Leaving Certificate Examination, 1905
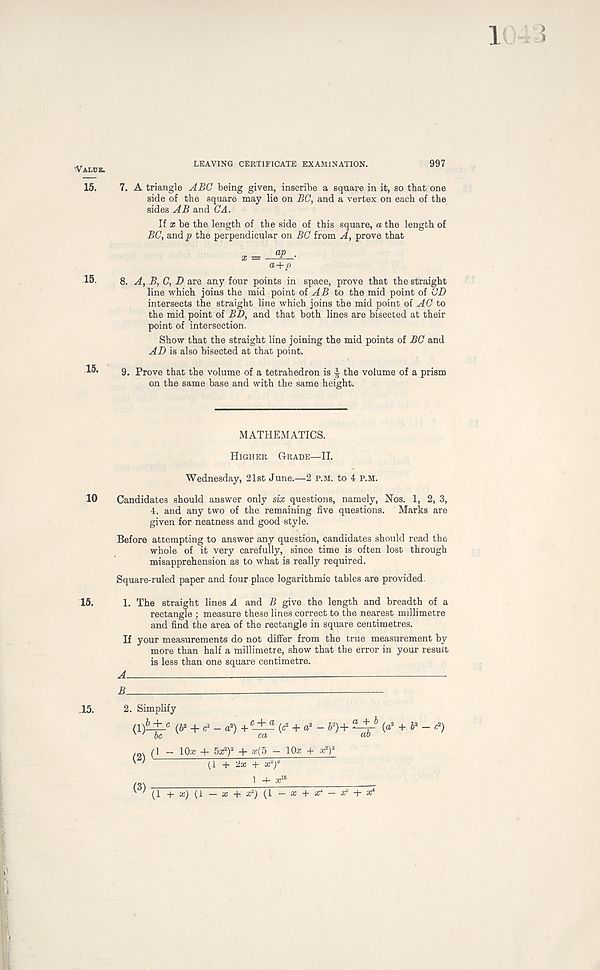
' Value.
15.
LEAVING CERTIFICATE EXAMINATION.
997
7. A triangle ABC being given, inscribe a square in it, so that one
side of the square may lie on BC, and a vertex on each of the
sides AB and CA.
If x be the length of the side of this square, a the length of
BC, and the perpendicular on BC from A, prove that
15 8. A, B, C, D are any four points in space, prove that the straight
line which joins the mid point oi AB to the mid point of CD
intersects the straight line which joins the mid point oi AC to
the mid point of BD, and that both lines are bisected at their
point of intersection.
Show that the straight line joining the mid points of BC and
AD is also bisected at that point.
15' 9. Prove that the volume of a tetrahedron is ^ the volume of a prism
on the same base and with the same height.
MATHEMATICS.
Higher Grade—II.
Wednesday, 21st June.—2 p.m. to 4 P.M.
10 Candidates should answer only six questions, namely, Nos. 1, 2, 3,
4. and any two of the remaining five questions. Marks are
given for neatness and good style.
Before attempting to answer any question, candidates should read the
whole of it very carefully, since time is often lost through
misapprehension as to what is really required.
Square-ruled paper and four place logarithmic tables are provided.
15.
1. The straight lines A and B give the length and breadth of a
rectangle ; measure these lines correct to the nearest millimetre
and find the area of the rectangle in square centimetres.
If your measurements do not differ from the true measurement by
more than half a millimetre, show that the error in your result
is less than one square centimetre.
A
B
—
15.
2. Simplify
(!)&+/ (6 2
+ c 2 - a 2 ) + C -±^ (c 2 + a 2 - & 2 )+ ^ (« 2 + V~ *)
.g. (l - 10.x -t- 5a; 2 ) 2 + a:(5 - IQs + x 2 ) a
' '
(1 + 2a; +
1 -I- a; 15
(3) (1 + a;) (1 - a; +. ^ (1 - a: +